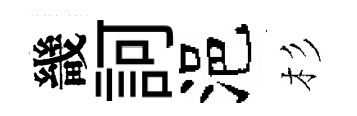
畿訶浥杉